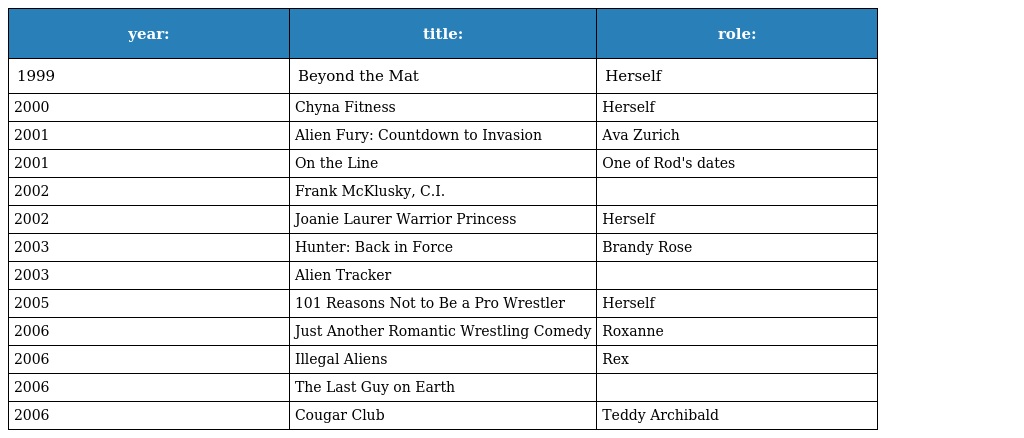
| year: | title: | role: |
 | --- | --- | --- |
 | 1999 | Beyond the Mat | Herself |
 | 2000 | Chyna Fitness | Herself |
 | 2001 | Alien Fury: Countdown to Invasion | Ava Zurich |
 | 2001 | On the Line | One of Rod's dates |
 | 2002 | Frank McKlusky, C.I. |  |
 | 2002 | Joanie Laurer Warrior Princess | Herself |
 | 2003 | Hunter: Back in Force | Brandy Rose |
 | 2003 | Alien Tracker |  |
 | 2005 | 101 Reasons Not to Be a Pro Wrestler | Herself |
 | 2006 | Just Another Romantic Wrestling Comedy | Roxanne |
 | 2006 | Illegal Aliens | Rex |
 | 2006 | The Last Guy on Earth |  |
 | 2006 | Cougar Club | Teddy Archibald |